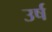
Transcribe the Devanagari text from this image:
उर्ष